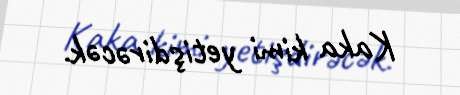
Kaka kimi yetişdirəcək.